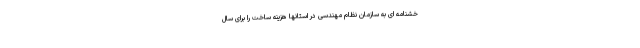
خشنامه ای به سازمان نظام مهندسی در استانها هزینه ساخت را برای سال